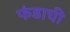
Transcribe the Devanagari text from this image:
फंडाची